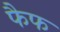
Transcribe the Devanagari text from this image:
फैफ